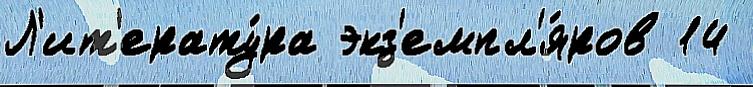
Л'ит'ерату́ра экз'емпл'я́ров 14